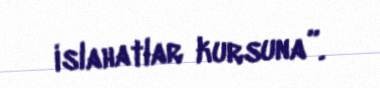
islahatlar kursuna”.